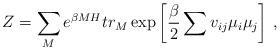
LaTeX: \begin{align*}Z=\sum_{M}e^{\beta MH} tr_{M}\exp \left[ \frac{\beta}{2}\sum v_{ij}\mu_{i}\mu _{j}\right] \, ,\end{align*}